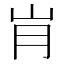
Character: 𰎋